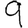
Digit: 9